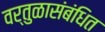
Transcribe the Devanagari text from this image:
वर्तुळासंबंधित